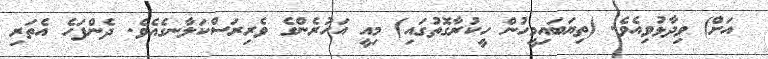
އަށް) ވިދާޅުވިއެވެ. (ތިޔަބައިމީހުން ހީކުރާގޮތުގައި) މިއީ އަހުރެންގެ ވެރިރަސްކަލާނގެއެވެ. ދެންފަހެ އެތަރި